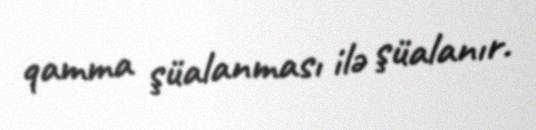
qamma şüalanması ilə şüalanır.